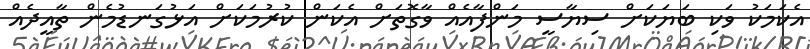
އެކަމަކު ވަކި ބަޔަކަށް ސިޔާސީ މަންފާއެއް ވާގޮތަށް އެކަން ކުރުމަކަށް އަޅުގަނޑުމެން ތާއީދެއް